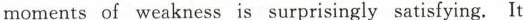
moments of weakness is surprisingly satisfying. It